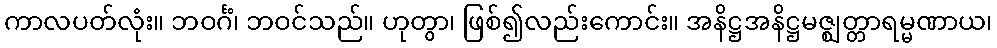
ကာလပတ်လုံး။ ဘဝင်္ဂံ၊ ဘဝင်သည်။ ဟုတွာ၊ ဖြစ်၍လည်းကောင်း။ အနိဋ္ဌအနိဋ္ဌမဇ္ဈတ္တာရမ္မဏာယ၊